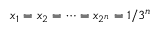
x _ { 1 } = x _ { 2 } = \cdots = x _ { 2 ^ { n } } = 1 / 3 ^ { n }